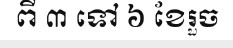
ពី ៣ ទៅ ៦ ខែរួច